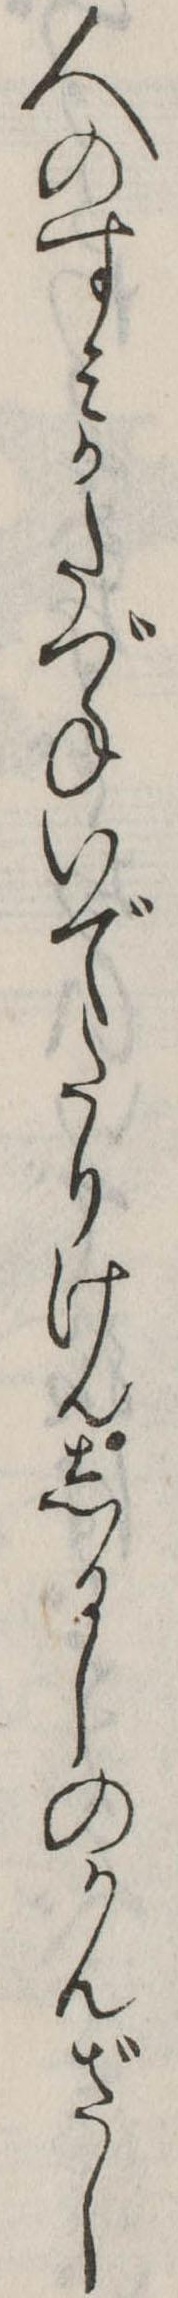
人のすみかたづねいでたりけんしるしのかんざし